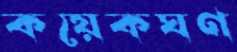
কয়েকঘণ